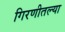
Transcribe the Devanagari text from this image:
गिरणीतल्या